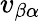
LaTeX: v_{\beta\alpha}